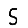
Digit: 5